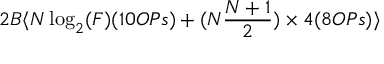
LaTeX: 2 B \langle N \log _ { 2 } ( F ) ( 1 0 O P s ) + ( N { \frac { N + 1 } { 2 } } ) \times 4 ( 8 O P s ) \rangle